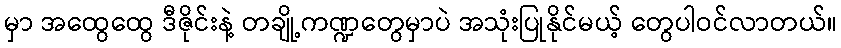
မှာ အထွေထွေ ဒီဇိုင်းနဲ့ တချို့ကဏ္ဍတွေမှာပဲ အသုံးပြုနိုင်မယ့် တွေပါဝင်လာတယ်။